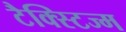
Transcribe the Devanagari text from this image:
टैक्स्टिज्म